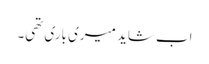
اب شاید میری باری تھی۔